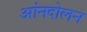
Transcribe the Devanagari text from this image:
आंनदोलन